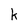
Character: k